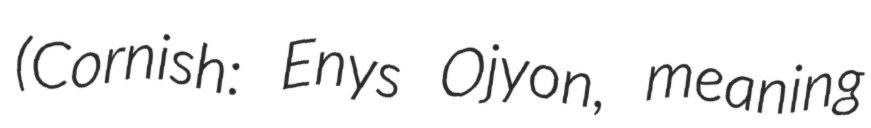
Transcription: (Cornish: Enys Ojyon, meaning